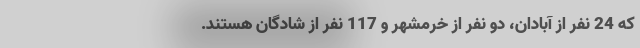
که 24 نفر از آبادان، دو نفر از خرمشهر و 117 نفر از شادگان هستند.